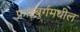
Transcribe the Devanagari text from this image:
फ्राइबुर्गमधील